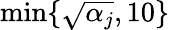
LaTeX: \operatorname*{min}\{ \sqrt{\alpha_{j}},10\}